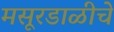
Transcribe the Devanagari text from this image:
मसूरडाळीचे